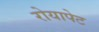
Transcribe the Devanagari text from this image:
रोयापेट